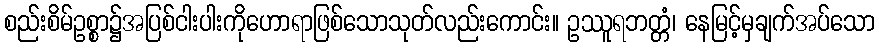
စည်းစိမ်ဥစ္စာ၌အပြစ်ငါးပါးကိုဟောရာဖြစ်သောသုတ်လည်းကောင်း။ ဥဿူရဘတ္တံ၊ နေမြင့်မှချက်အပ်သော